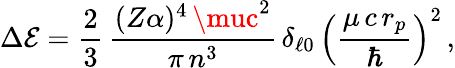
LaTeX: \Delta\mathcal{E}=\frac{{2}}{{3}}\, \frac{{(Z\alpha)^{4}\, \muc^{2}}}{{\pi\, n^{3}}}\, \delta_{\ell0}\, \left(\frac{{\mu\, c\, r_{p}}}{{\hbar}}\right)^{2}\, ,